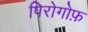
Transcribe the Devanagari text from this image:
पिरोगोफ़